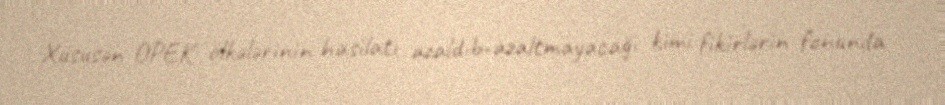
Xüsusən OPEK ölkələrinin hasilatı azaldıb-azaltmayacağı kimi fikirlərin fonunda